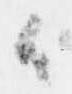
候